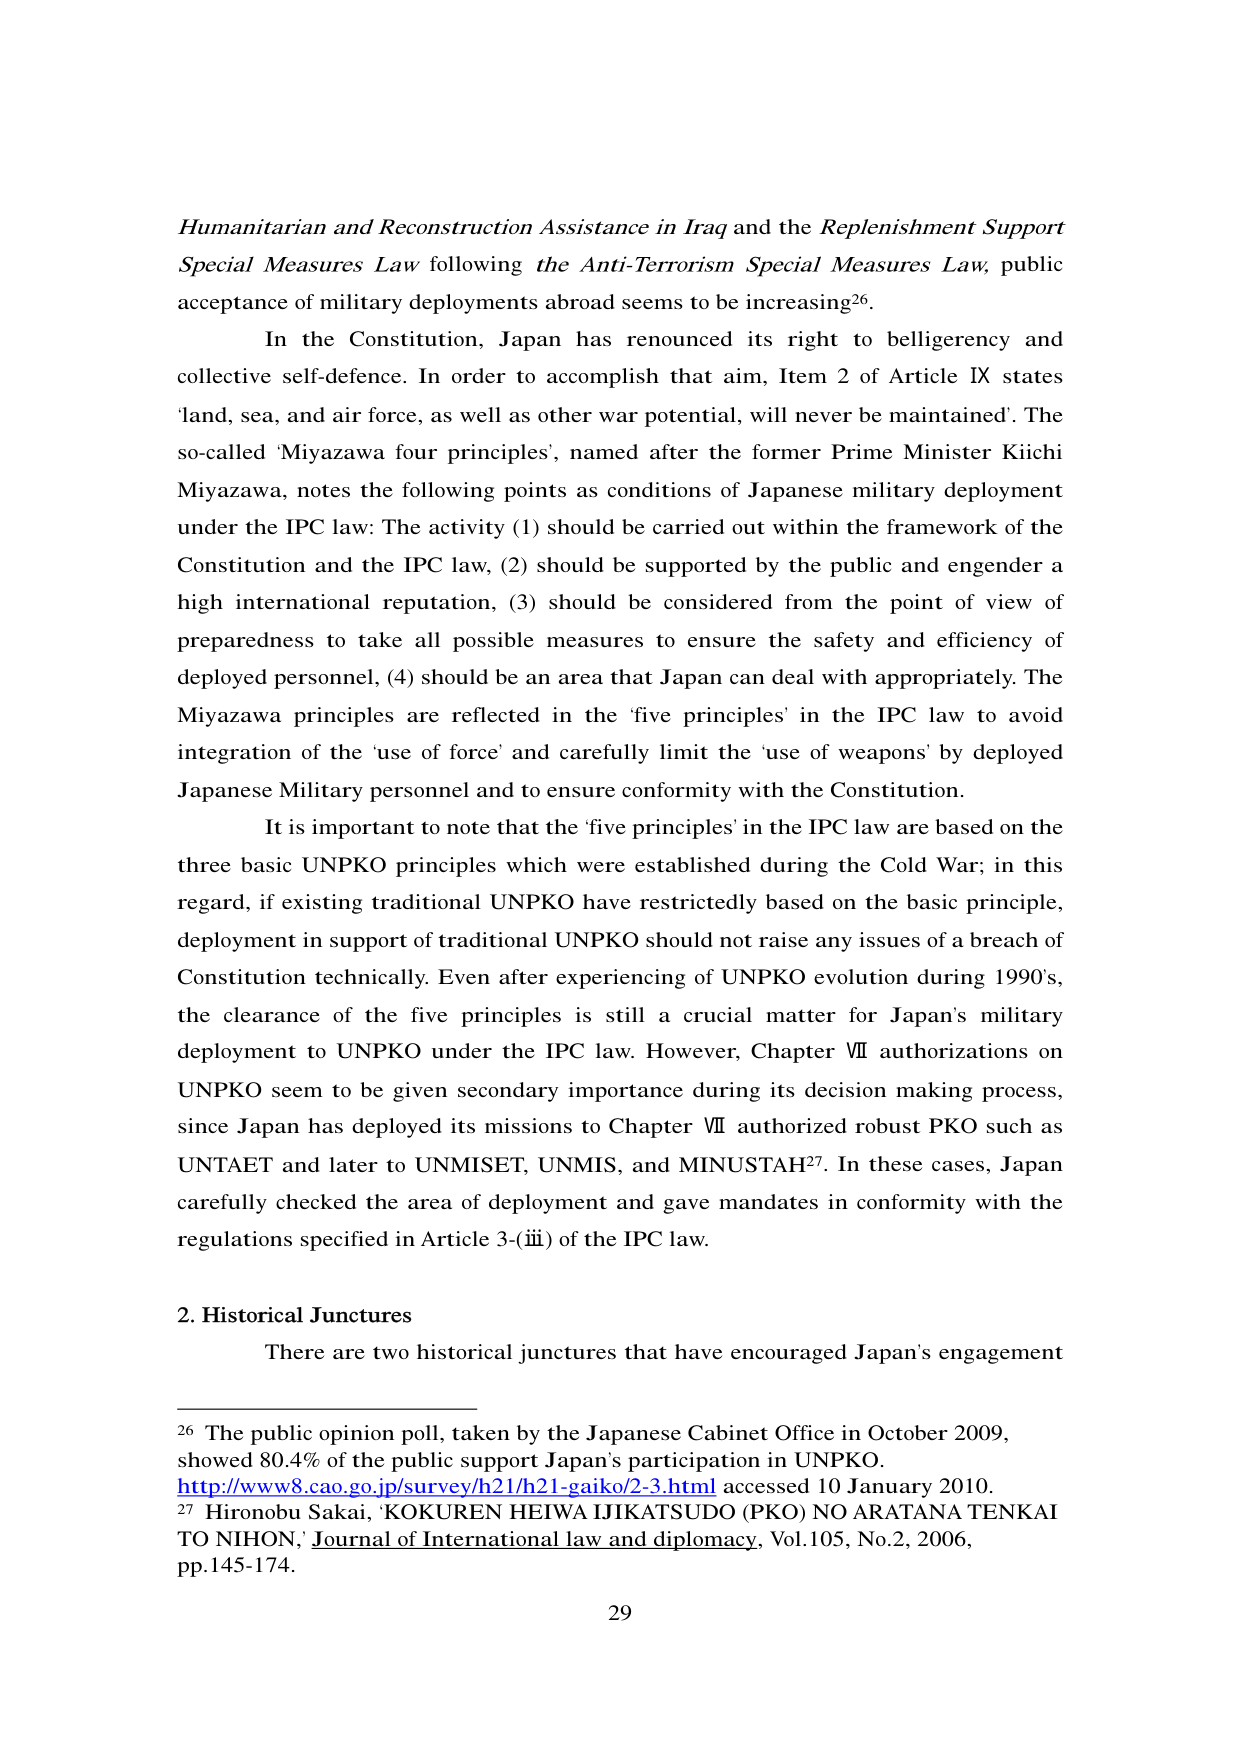
Humanitarian and Reconstruction Assistance in Iraq and the Replenishment Support Special Measures Law following the Anti-Terrorism Special Measures Law, public acceptance of military deployments abroad seems to be increasing²⁶.

In the Constitution, Japan has renounced its right to belligerency and collective self-defence. In order to accomplish that aim, Item 2 of Article IX states 'land, sea, and air force, as well as other war potential, will never be maintained'. The so-called 'Miyazawa four principles', named after the former Prime Minister Kiichi Miyazawa, notes the following points as conditions of Japanese military deployment under the IPC law: The activity (1) should be carried out within the framework of the Constitution and the IPC law, (2) should be supported by the public and engender a high international reputation, (3) should be considered from the point of view of preparedness to take all possible measures to ensure the safety and efficiency of deployed personnel, (4) should be an area that Japan can deal with appropriately. The Miyazawa principles are reflected in the 'five principles' in the IPC law to avoid integration of the 'use of force' and carefully limit the 'use of weapons' by deployed Japanese Military personnel and to ensure conformity with the Constitution.

It is important to note that the 'five principles' in the IPC law are based on the three basic UNPKO principles which were established during the Cold War; in this regard, if existing traditional UNPKO have restrictively based on the basic principle, deployment in support of traditional UNPKO should not raise any issues of a breach of Constitution technically. Even after experiencing of UNPKO evolution during 1990's, the clearance of the five principles is still a crucial matter for Japan's military deployment to UNPKO under the IPC law. However, Chapter VII authorizations on UNPKO seem to be given secondary importance during its decision making process, since Japan has deployed its missions to Chapter VII authorized robust PKO such as UNTAET and later to UNMISSET, UNMIS, and MINUSTAH²⁷. In these cases, Japan carefully checked the area of deployment and gave mandates in conformity with the regulations specified in Article 3-(iii) of the IPC law.

2. Historical Junctures

There are two historical junctures that have encouraged Japan's engagement

²⁶ The public opinion poll, taken by the Japanese Cabinet Office in October 2009, showed 80.4% of the public support Japan's participation in UNPKO. http://www8.cao.go.jp/survey/h21/h21-gaiko/2-3.html accessed 10 January 2010.

²⁷ Hironobu Sakai, 'KOKUREN HEIWA IJIKATSUDO (PKO) NO ARATANA TENKAI TO NIHON,' Journal of International law and diplomacy, Vol.105, No.2, 2006, pp.145-174.

29